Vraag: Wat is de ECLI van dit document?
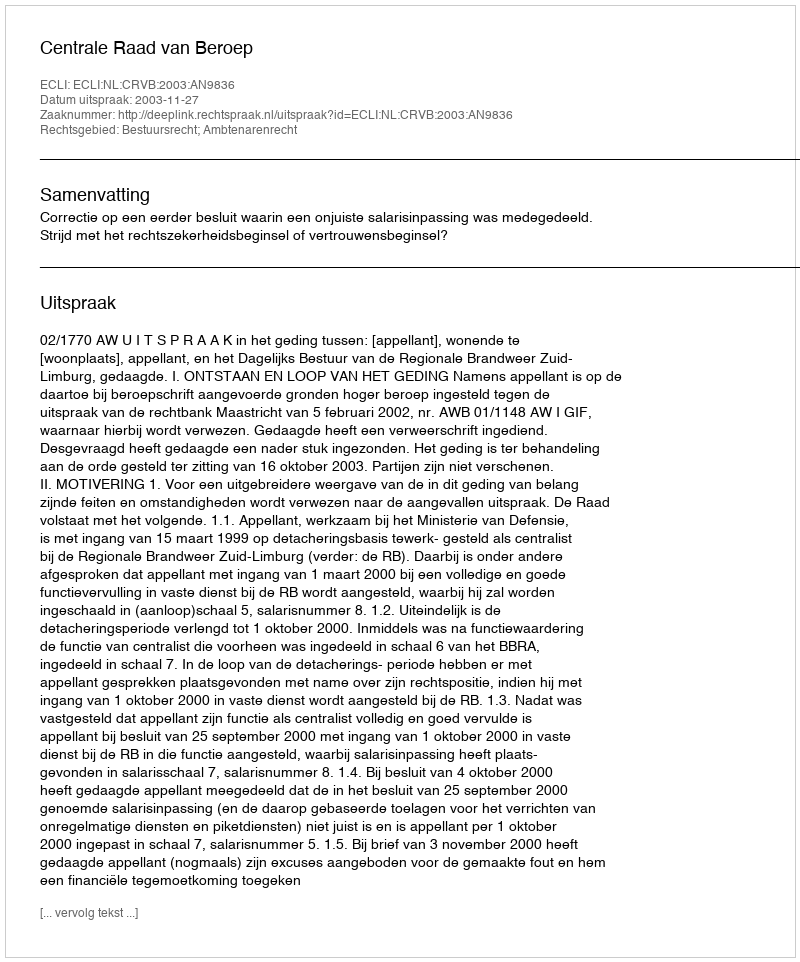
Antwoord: ECLI:NL:CRVB:2003:AN9836